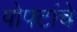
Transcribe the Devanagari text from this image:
पोपटांचे